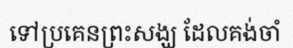
ទៅប្រគេនព្រះសង្ឃ ដែលគង់ចាំ